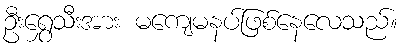
ဦးရွှေသီးအား မကျေမနပ်ဖြစ်နေလေသည်။